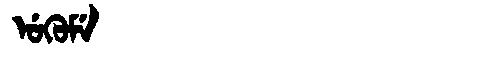
Manchu: ᡠᡴᡠᠮᡝ
Romanization: UKUME